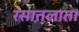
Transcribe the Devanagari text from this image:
रसातलात।